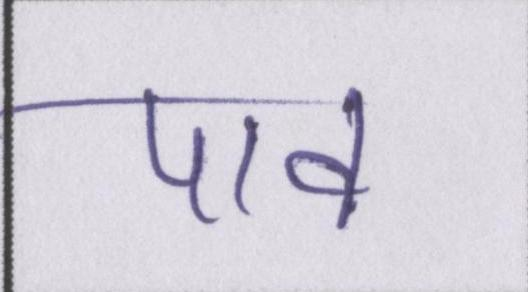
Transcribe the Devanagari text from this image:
पाव